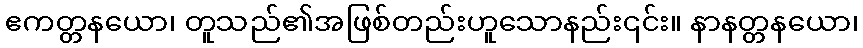
ဧကတ္တနယော၊ တူသည်၏အဖြစ်တည်းဟူသောနည်း၎င်း။ နာနတ္တနယော၊